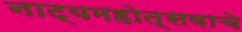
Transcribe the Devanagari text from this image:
नाट्यमहोत्सवाचे